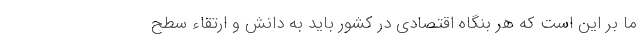
ما بر این است که هر بنگاه اقتصادی در کشور باید به دانش و ارتقاء سطح